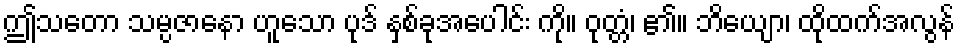
ဤသတော သမ္ပဇာနော ဟူသော ပုဒ် နှစ်ခုအပေါင်း ကို။ ဝုတ္တံ၊ ၏။ ဘိယျော၊ ထိုထက်အလွန်